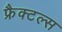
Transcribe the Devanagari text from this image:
फ्रैक्टल्स